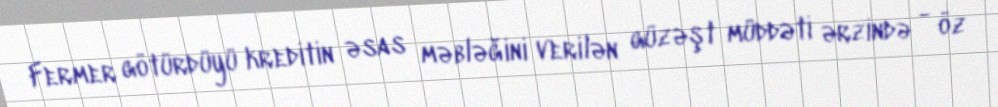
Fermer götürdüyü kreditin əsas məbləğini verilən güzəşt müddəti ərzində - öz